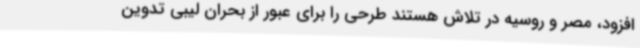
افزود، مصر و روسیه در تلاش هستند طرحی را برای عبور از بحران لیبی تدوین